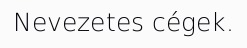
Nevezetes cégek.